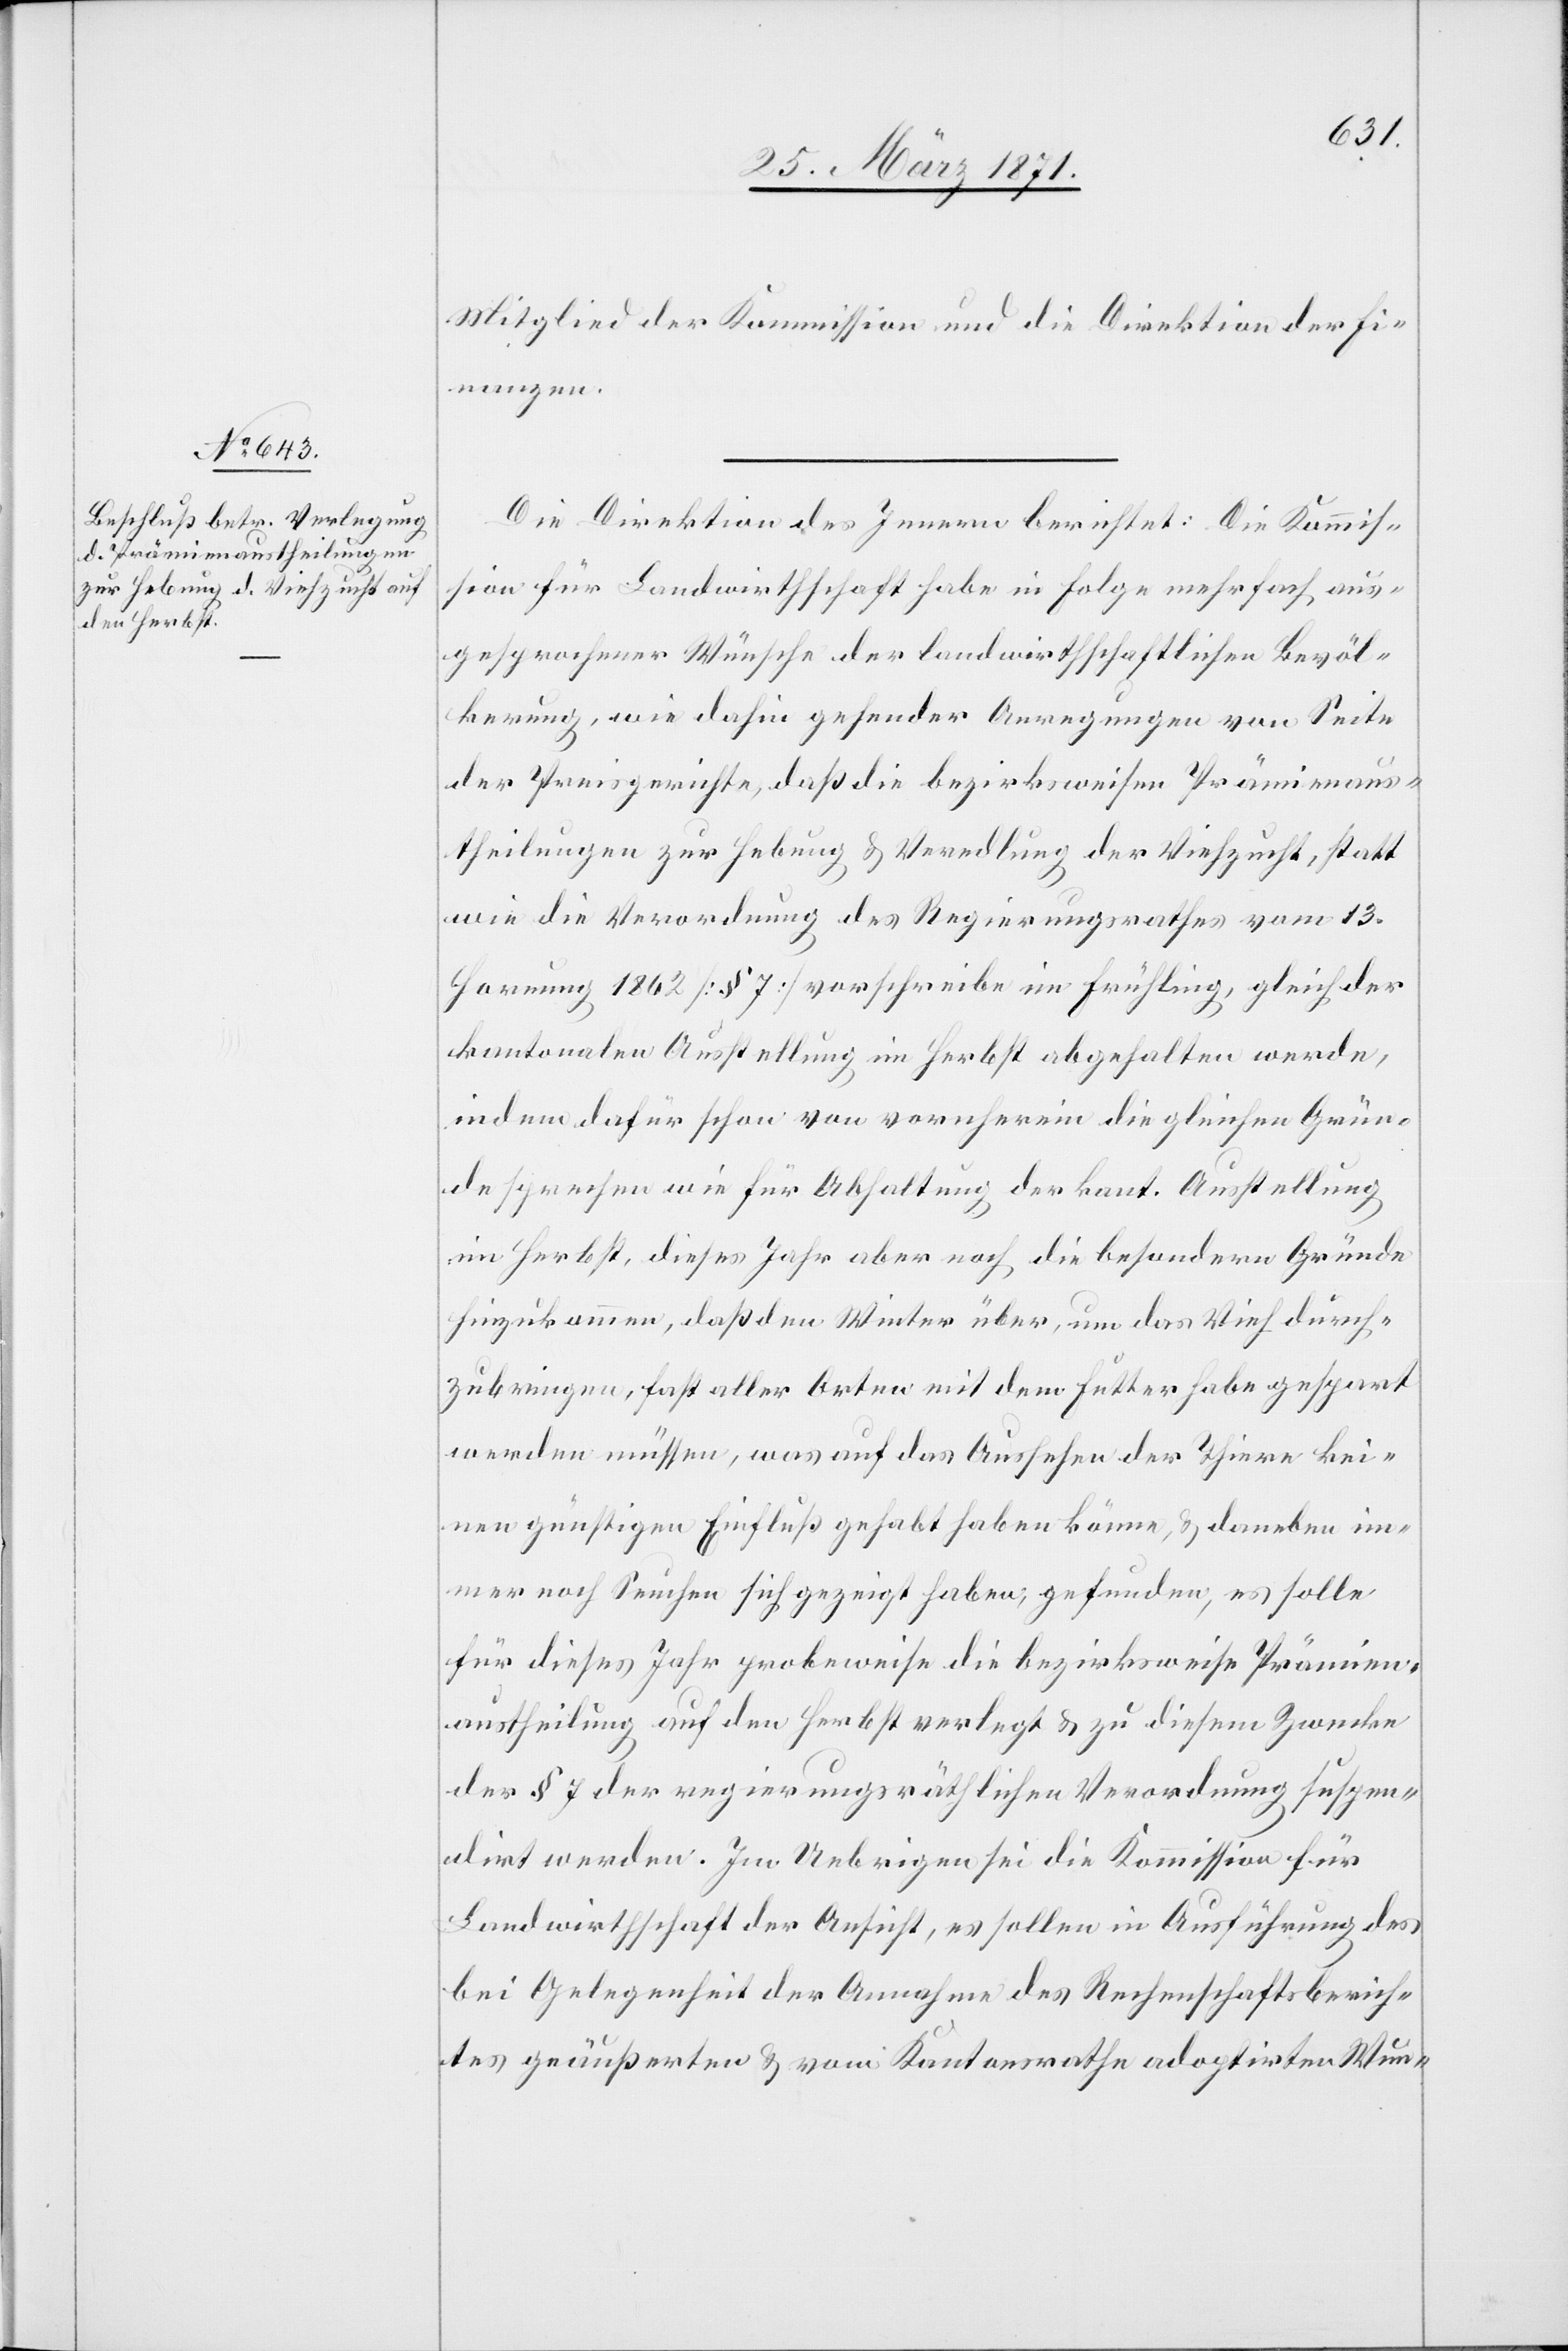
Mitglied der Kommission und die Direktion der Fi¬
nanzen.
Die Direktion des Innern berichtet: Die Kommis¬
sion für Landwirthschaft habe in Folge mehrfach aus¬
gesprochener Wünsche der landwirthschaftlichen Bevöl¬
kerung, wie dahin gehender Anregungen von Seite
der Preisgerichte, daß die bezirksweisen Prämienaus¬
theilungen zur Hebung u. Veredlung der Viehzucht, statt
wie die Verordnung des Regierungsrathes vom 13.
Hornung 1862 [§ 7] vorschreibe im Frühling, gleich der
kantonalen Ausstellung im Herbst abgehalten werde,
indem dafür schon von vornherein die gleichen Grün¬
de sprechen wie für Abhaltung der kant. Ausstellung
im Herbst, dieses Jahr aber noch die besondern Gründe
hinzukommen, daß den Winter über, um das Vieh durch¬
zubringen, fast aller Orten mit dem Futter habe gespart
werden müssen, was auf das Aussehen der Tiere kei¬
nen günstigen Einfluß gehabt haben könne, u. daneben im¬
mer noch Seuchen sich gezeigt haben, gefunden, es solle
für dieses Jahr probeweise die bezirksweise Prämien¬
austheilung auf den Herbst verlegt u. zu diesem Zwecke
der § 7 der regierungsräthlichen Verordnung suspen¬
dirt werden. Im Uebrigen sei die Kommission für
Landwirthschaft der Ansicht, es sollen in Ausführung des
bei Gelegenheit der Annahme des Rechenschaftsberich¬
tes geäußerten u. vom Kantonsrathe adoptirten Wun-